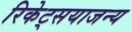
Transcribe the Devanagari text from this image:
रिकेट्सयाजन्य